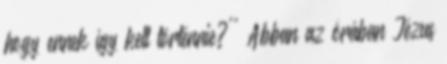
hogy ennek így kell történnie?'' Abban az órában Jézus